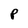
Character: P